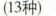
（13种）